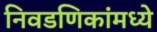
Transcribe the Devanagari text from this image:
निवडणिकांमध्ये